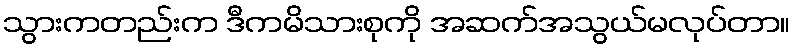
သွားကတည်းက ဒီကမိသားစုကို အဆက်အသွယ်မလုပ်တာ။